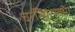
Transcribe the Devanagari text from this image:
चरस्थिरस्वभा